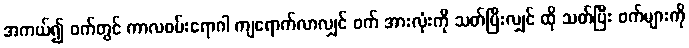
အကယ်၍ ဝက်တွင် ကာလဝမ်းရောဂါ ကျရောက်လာလျှင် ဝက် အားလုံးကို သတ်ပြီးလျှင် ထို သတ်ပြီး ဝက်များကို